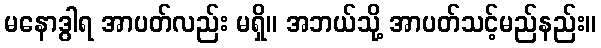
မနောဒွါရ အာပတ်လည်း မရှိ။ အဘယ်သို့ အာပတ်သင့်မည်နည်း။